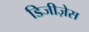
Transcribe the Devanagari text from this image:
डिजीज़ेस